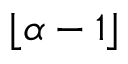
\lfloor \alpha - 1 \rfloor